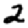
Digit: 2